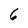
Character: 6